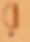
র